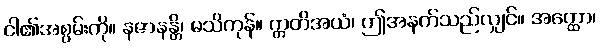
ငါ၏အစွမ်းကို။ နဇာနန္တိ၊ မသိကုန်။ ဣတိအယံ၊ ဤအနက်သည်လျှင်။ အတ္ထော၊